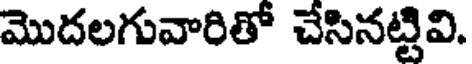
మొదలగువారితో చేసినట్టివి.